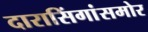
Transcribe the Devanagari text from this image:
दारासिंगांसमोर